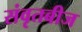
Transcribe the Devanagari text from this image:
संवृतबीज